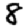
Digit: 8